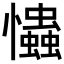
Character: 𢥞